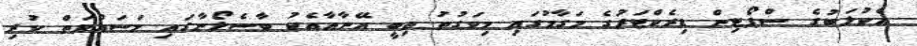
އެކުލަބުގެ ސްޕޯޓިން ޑިރެކްޓަރުގެ މަގާމުގައި މިވަގުތު ތިބީ އޭނާއާއެކު ބާސެލޯނާގައި މަސައްކަތް ކުރި